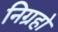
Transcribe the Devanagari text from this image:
निग्रहो